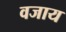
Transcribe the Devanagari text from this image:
वजाय